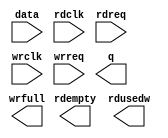
// megafunction wizard: %FIFO%VBB%
// GENERATION: STANDARD
// VERSION: WM1.0
// MODULE: dcfifo 

// ============================================================
// Megafunction Name(s):
// 			dcfifo
//
// Simulation Library Files(s):
// 			
// ============================================================
// ************************************************************
// THIS IS A WIZARD-GENERATED FILE. DO NOT EDIT THIS FILE!
//
// 19.1.0 Build 670 09/22/2019 SJ Lite Edition
// ************************************************************

//Copyright (C) 2019  Intel Corporation. All rights reserved.
//Your use of Intel Corporation's design tools, logic functions 
//and other software and tools, and any partner logic 
//functions, and any output files from any of the foregoing 
//(including device programming or simulation files), and any 
//associated documentation or information are expressly subject 
//to the terms and conditions of the Intel Program License 
//Subscription Agreement, the Intel Quartus Prime License Agreement,
//the Intel FPGA IP License Agreement, or other applicable license
//agreement, including, without limitation, that your use is for
//the sole purpose of programming logic devices manufactured by
//Intel and sold by Intel or its authorized distributors.  Please
//refer to the applicable agreement for further details, at
//https://fpgasoftware.intel.com/eula.

module HDMI_fifo (
	data,
	rdclk,
	rdreq,
	wrclk,
	wrreq,
	q,
	rdempty,
	rdusedw,
	wrfull);

	input	[15:0]  data;
	input	  rdclk;
	input	  rdreq;
	input	  wrclk;
	input	  wrreq;
	output	[15:0]  q;
	output	  rdempty;
	output	[10:0]  rdusedw;
	output	  wrfull;

endmodule

// ============================================================
// CNX file retrieval info
// ============================================================
// Retrieval info: PRIVATE: AlmostEmpty NUMERIC "0"
// Retrieval info: PRIVATE: AlmostEmptyThr NUMERIC "-1"
// Retrieval info: PRIVATE: AlmostFull NUMERIC "0"
// Retrieval info: PRIVATE: AlmostFullThr NUMERIC "-1"
// Retrieval info: PRIVATE: CLOCKS_ARE_SYNCHRONIZED NUMERIC "0"
// Retrieval info: PRIVATE: Clock NUMERIC "4"
// Retrieval info: PRIVATE: Depth NUMERIC "2048"
// Retrieval info: PRIVATE: Empty NUMERIC "1"
// Retrieval info: PRIVATE: Full NUMERIC "1"
// Retrieval info: PRIVATE: INTENDED_DEVICE_FAMILY STRING "Cyclone IV E"
// Retrieval info: PRIVATE: LE_BasedFIFO NUMERIC "0"
// Retrieval info: PRIVATE: LegacyRREQ NUMERIC "1"
// Retrieval info: PRIVATE: MAX_DEPTH_BY_9 NUMERIC "0"
// Retrieval info: PRIVATE: OVERFLOW_CHECKING NUMERIC "0"
// Retrieval info: PRIVATE: Optimize NUMERIC "0"
// Retrieval info: PRIVATE: RAM_BLOCK_TYPE NUMERIC "0"
// Retrieval info: PRIVATE: SYNTH_WRAPPER_GEN_POSTFIX STRING "0"
// Retrieval info: PRIVATE: UNDERFLOW_CHECKING NUMERIC "0"
// Retrieval info: PRIVATE: UsedW NUMERIC "1"
// Retrieval info: PRIVATE: Width NUMERIC "16"
// Retrieval info: PRIVATE: dc_aclr NUMERIC "0"
// Retrieval info: PRIVATE: diff_widths NUMERIC "0"
// Retrieval info: PRIVATE: msb_usedw NUMERIC "0"
// Retrieval info: PRIVATE: output_width NUMERIC "16"
// Retrieval info: PRIVATE: rsEmpty NUMERIC "1"
// Retrieval info: PRIVATE: rsFull NUMERIC "0"
// Retrieval info: PRIVATE: rsUsedW NUMERIC "1"
// Retrieval info: PRIVATE: sc_aclr NUMERIC "0"
// Retrieval info: PRIVATE: sc_sclr NUMERIC "0"
// Retrieval info: PRIVATE: wsEmpty NUMERIC "0"
// Retrieval info: PRIVATE: wsFull NUMERIC "1"
// Retrieval info: PRIVATE: wsUsedW NUMERIC "0"
// Retrieval info: LIBRARY: altera_mf altera_mf.altera_mf_components.all
// Retrieval info: CONSTANT: INTENDED_DEVICE_FAMILY STRING "Cyclone IV E"
// Retrieval info: CONSTANT: LPM_NUMWORDS NUMERIC "2048"
// Retrieval info: CONSTANT: LPM_SHOWAHEAD STRING "OFF"
// Retrieval info: CONSTANT: LPM_TYPE STRING "dcfifo"
// Retrieval info: CONSTANT: LPM_WIDTH NUMERIC "16"
// Retrieval info: CONSTANT: LPM_WIDTHU NUMERIC "11"
// Retrieval info: CONSTANT: OVERFLOW_CHECKING STRING "ON"
// Retrieval info: CONSTANT: RDSYNC_DELAYPIPE NUMERIC "4"
// Retrieval info: CONSTANT: UNDERFLOW_CHECKING STRING "ON"
// Retrieval info: CONSTANT: USE_EAB STRING "ON"
// Retrieval info: CONSTANT: WRSYNC_DELAYPIPE NUMERIC "4"
// Retrieval info: USED_PORT: data 0 0 16 0 INPUT NODEFVAL "data[15..0]"
// Retrieval info: USED_PORT: q 0 0 16 0 OUTPUT NODEFVAL "q[15..0]"
// Retrieval info: USED_PORT: rdclk 0 0 0 0 INPUT NODEFVAL "rdclk"
// Retrieval info: USED_PORT: rdempty 0 0 0 0 OUTPUT NODEFVAL "rdempty"
// Retrieval info: USED_PORT: rdreq 0 0 0 0 INPUT NODEFVAL "rdreq"
// Retrieval info: USED_PORT: rdusedw 0 0 11 0 OUTPUT NODEFVAL "rdusedw[10..0]"
// Retrieval info: USED_PORT: wrclk 0 0 0 0 INPUT NODEFVAL "wrclk"
// Retrieval info: USED_PORT: wrfull 0 0 0 0 OUTPUT NODEFVAL "wrfull"
// Retrieval info: USED_PORT: wrreq 0 0 0 0 INPUT NODEFVAL "wrreq"
// Retrieval info: CONNECT: @data 0 0 16 0 data 0 0 16 0
// Retrieval info: CONNECT: @rdclk 0 0 0 0 rdclk 0 0 0 0
// Retrieval info: CONNECT: @rdreq 0 0 0 0 rdreq 0 0 0 0
// Retrieval info: CONNECT: @wrclk 0 0 0 0 wrclk 0 0 0 0
// Retrieval info: CONNECT: @wrreq 0 0 0 0 wrreq 0 0 0 0
// Retrieval info: CONNECT: q 0 0 16 0 @q 0 0 16 0
// Retrieval info: CONNECT: rdempty 0 0 0 0 @rdempty 0 0 0 0
// Retrieval info: CONNECT: rdusedw 0 0 11 0 @rdusedw 0 0 11 0
// Retrieval info: CONNECT: wrfull 0 0 0 0 @wrfull 0 0 0 0
// Retrieval info: GEN_FILE: TYPE_NORMAL HDMI_fifo.v TRUE
// Retrieval info: GEN_FILE: TYPE_NORMAL HDMI_fifo.inc FALSE
// Retrieval info: GEN_FILE: TYPE_NORMAL HDMI_fifo.cmp FALSE
// Retrieval info: GEN_FILE: TYPE_NORMAL HDMI_fifo.bsf FALSE
// Retrieval info: GEN_FILE: TYPE_NORMAL HDMI_fifo_inst.v FALSE
// Retrieval info: GEN_FILE: TYPE_NORMAL HDMI_fifo_bb.v TRUE